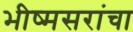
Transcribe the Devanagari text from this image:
भीष्मसरांचा